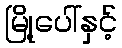
မြို့ပေါ်နှင့်